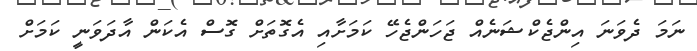
ނަމަ ދެވަނަ އިންޖެކްޝަނެއް ޖަހަންޖެހޭ ކަމަށާއި އެގޮތަށް ގޮސް އެކަން އާދަވަނީ ކަމަށް